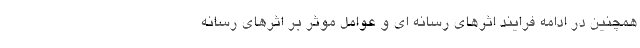
همچنین در ادامه فرایند اثرهای رسانه ای و عوامل موثر بر اثرهای رسانه